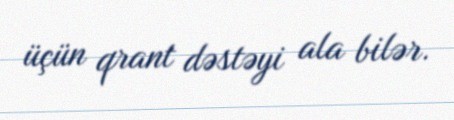
üçün qrant dəstəyi ala bilər.